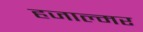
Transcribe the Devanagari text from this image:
हजाल्मर